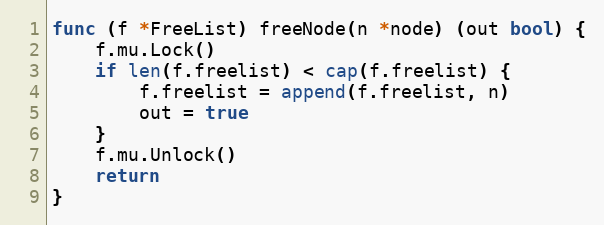
Language: Go
func (f *FreeList) freeNode(n *node) (out bool) {
	f.mu.Lock()
	if len(f.freelist) < cap(f.freelist) {
		f.freelist = append(f.freelist, n)
		out = true
	}
	f.mu.Unlock()
	return
}